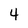
Character: 4